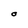
Character: O